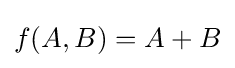
f(A,B)=A+B